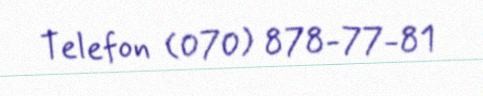
Telefon (070) 878-77-81